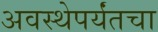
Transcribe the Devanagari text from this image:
अवस्थेपर्यंतचा